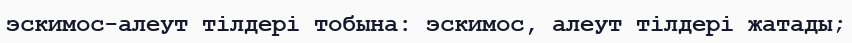
эскимос-алеут тілдері тобына: эскимос, алеут тілдері жатады;